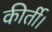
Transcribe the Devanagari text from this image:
कीर्ती।